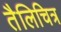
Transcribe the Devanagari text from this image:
तैलिचित्र